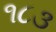
૧૮૩